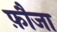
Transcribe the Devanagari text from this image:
फ़ौजा